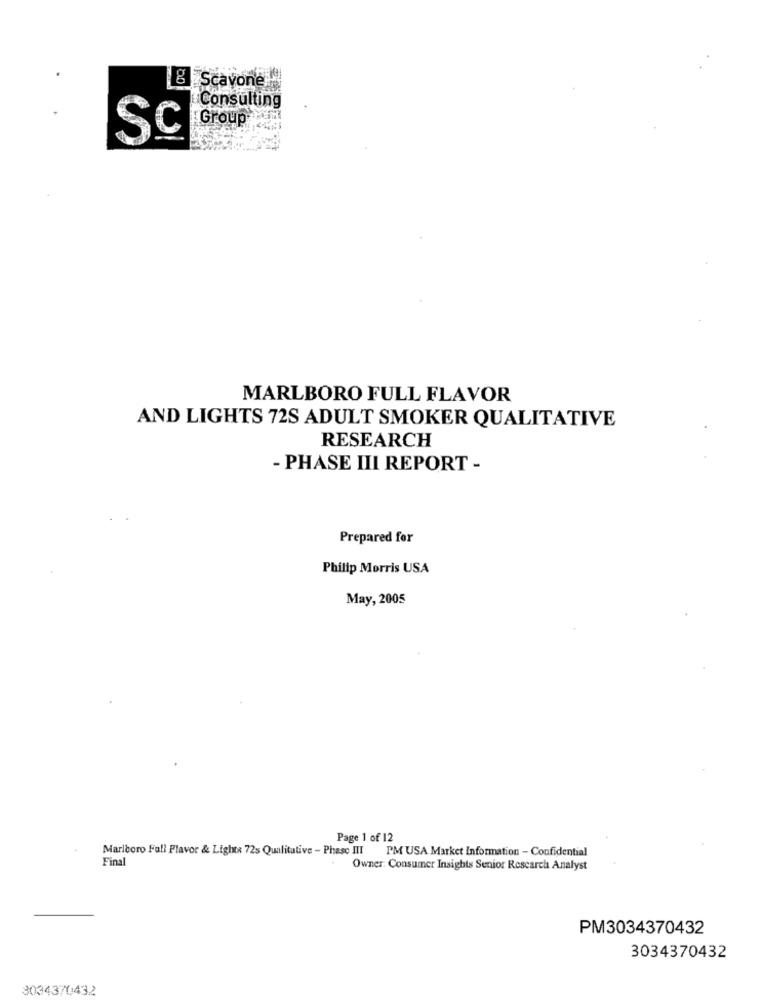
& Scavone
Consulting
Group
Sc
MARLBORO FULL FLAVOR
AND LIGHTS 72S ADULT SMOKER QUALITATIVE
RESEARCH
- PHASE III REPORT -
Prepared for
Philip Morris USA
May, 2005
Page 1 of 12
Marlboro Fall Flavor & Lights 72s Qualitative - Phase III
PM USA Market Information - Confidential
Final
Owner: Consumer Insights Senior Research Analyst
PM3034370432
3034370432
3034370432